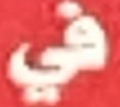
في